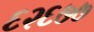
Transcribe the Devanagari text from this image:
६२६७७